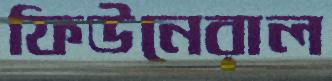
ফিউনেরাল